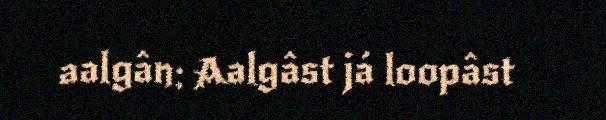
aalgân: Aalgâst já loopâst